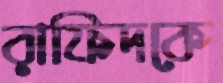
রাফিদকে